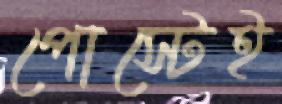
পোস্টেই